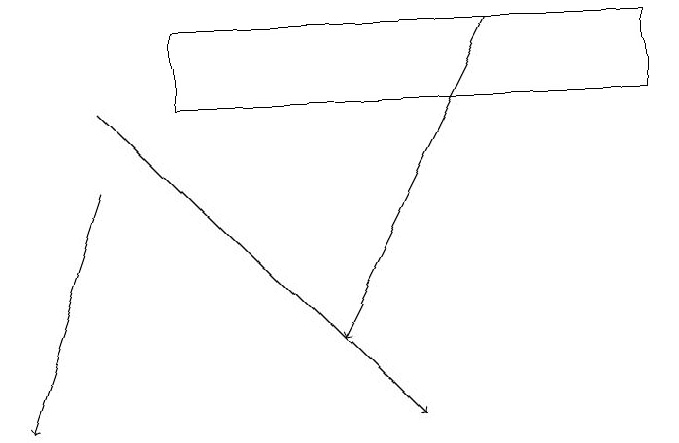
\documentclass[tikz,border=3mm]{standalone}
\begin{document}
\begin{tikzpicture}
\draw (3,18) rectangle (9,17);
\draw[->] (2,16) -- (1,13);
\draw[->] (2,17) -- (6,13);
\draw[->] (7,18) -- (5,14);
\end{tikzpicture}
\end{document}